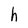
Character: h